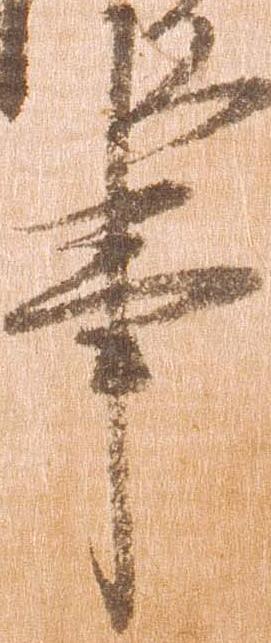
事